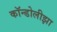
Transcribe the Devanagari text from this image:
कॉन्डोलीझा